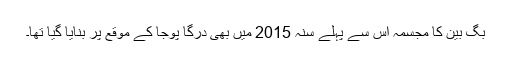
بگ بین کا مجسمہ اس سے پہلے سنہ 2015 میں بھی درگا پوجا کے موقع پر بنایا گيا تھا۔